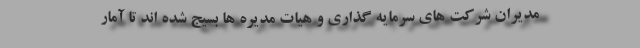
مدیران شرکت های سرمایه گذاری و هیات مدیره ها بسیج شده اند تا آمار